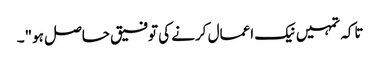
تاکہ تمہیں نیک اعمال کرنے کی توفیق حاصل ہو"۔